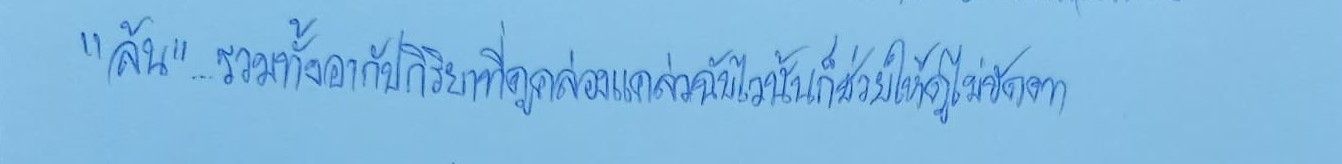
"ล้น"...รวมทั้งอากัปกิริยาที่ดูคล่องแคล่วฉับไวนั้นก็ช่วยให้ดูไม่ขัดตา